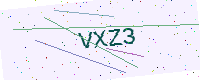
Text: VXZ3